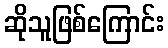
ဆိုသူဖြစ်ကြောင်း